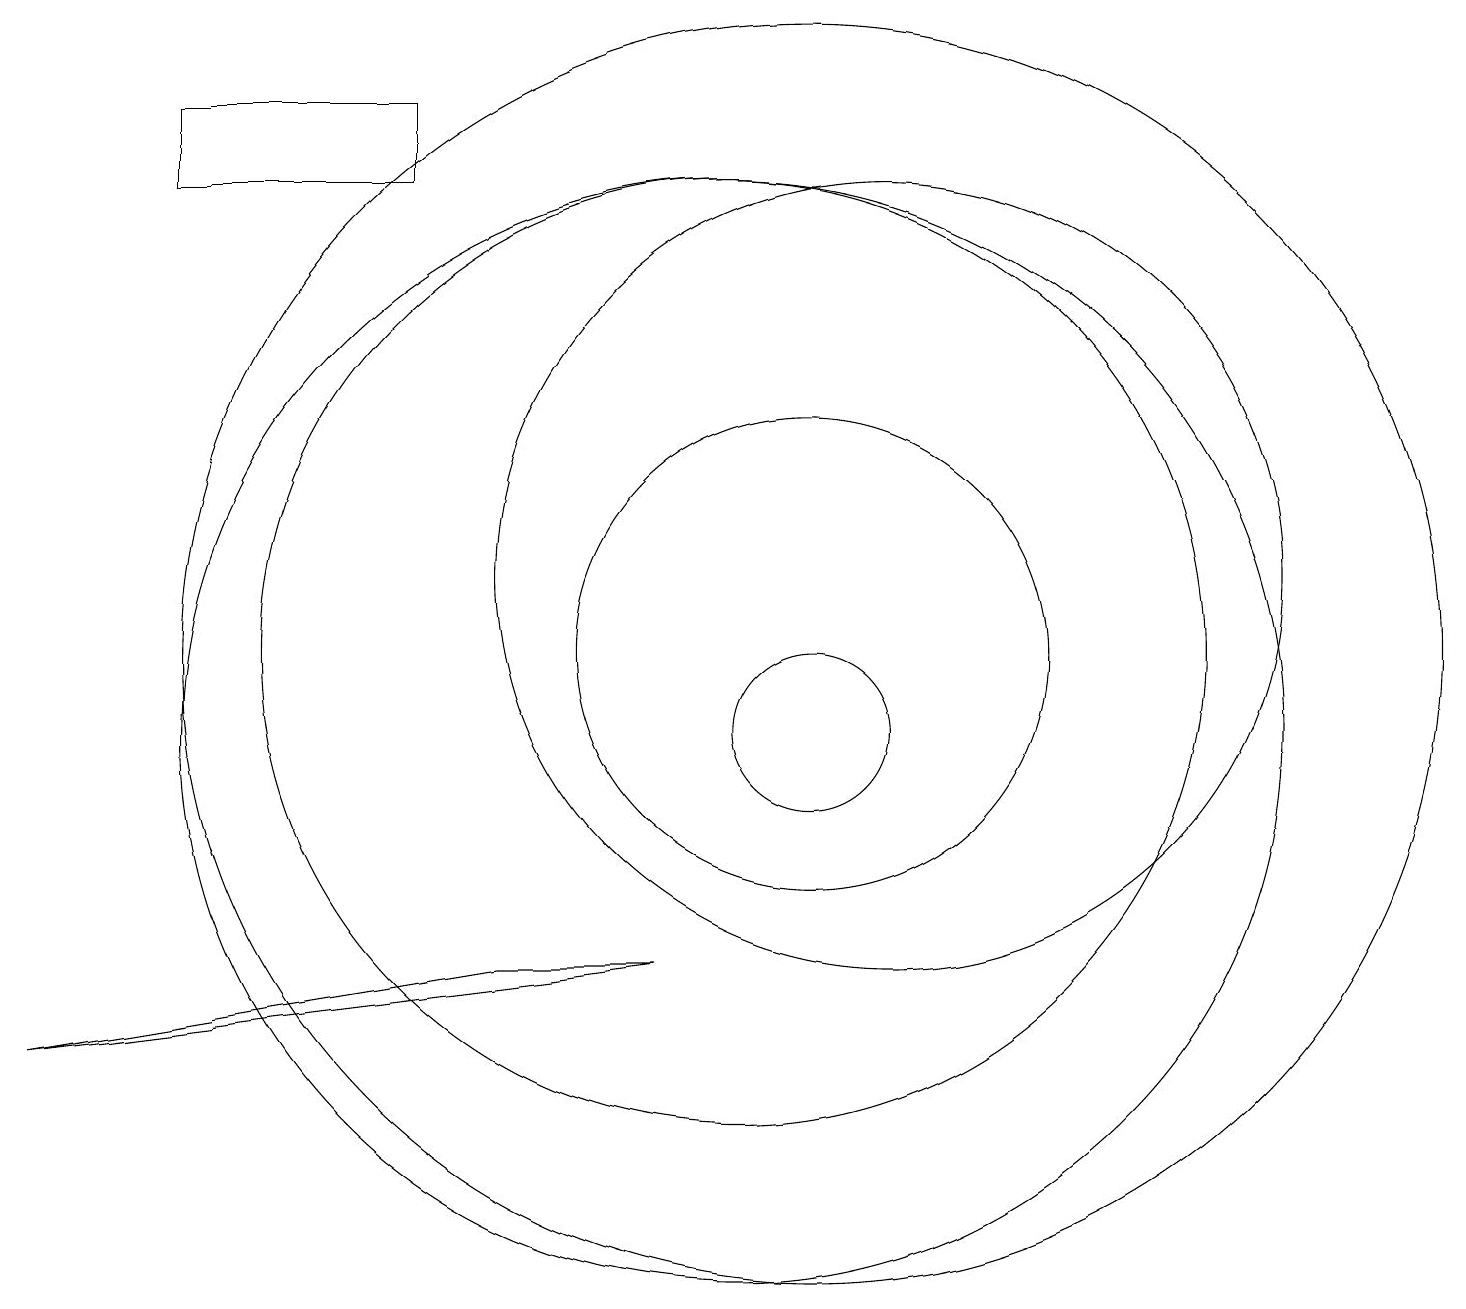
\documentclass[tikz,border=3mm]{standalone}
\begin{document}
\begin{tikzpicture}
\draw (10,10) circle (7);
\draw (6,18) rectangle (3,17);
\draw (11,10) circle (1);
\draw (7,7) -- (1,6) -- (9,7) -- cycle;
\draw (11,11) circle (8);
\draw (12,12) circle (5);
\draw (10,11) circle (6);
\draw (11,11) circle (3);
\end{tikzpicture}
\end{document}